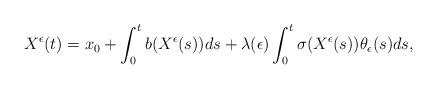
LaTeX: \begin{align*} X^{\epsilon}(t)&=x_{0}+\int^{t}_{0}b(X^{\epsilon}(s))ds+\lambda(\epsilon)\int^{t}_{0}\sigma(X^{\epsilon}(s))\theta_{\epsilon}(s)ds,\end{align*}